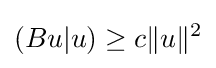
(Bu|u)\geq c\|u\|^{2}